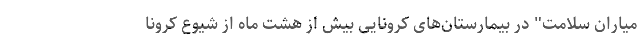
میاران سلامت" در بیمارستان‌های کرونایی بیش از هشت ماه از شیوع کرونا